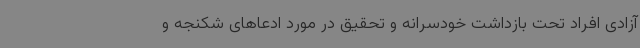
آزادی افراد تحت بازداشت خودسرانه و تحقیق در مورد ادعاهای شکنجه و